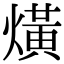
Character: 熿